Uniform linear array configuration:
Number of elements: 4
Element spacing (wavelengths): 0.25
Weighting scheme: hamming
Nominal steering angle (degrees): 60
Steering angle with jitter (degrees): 61.755
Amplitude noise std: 0.05
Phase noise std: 0.05

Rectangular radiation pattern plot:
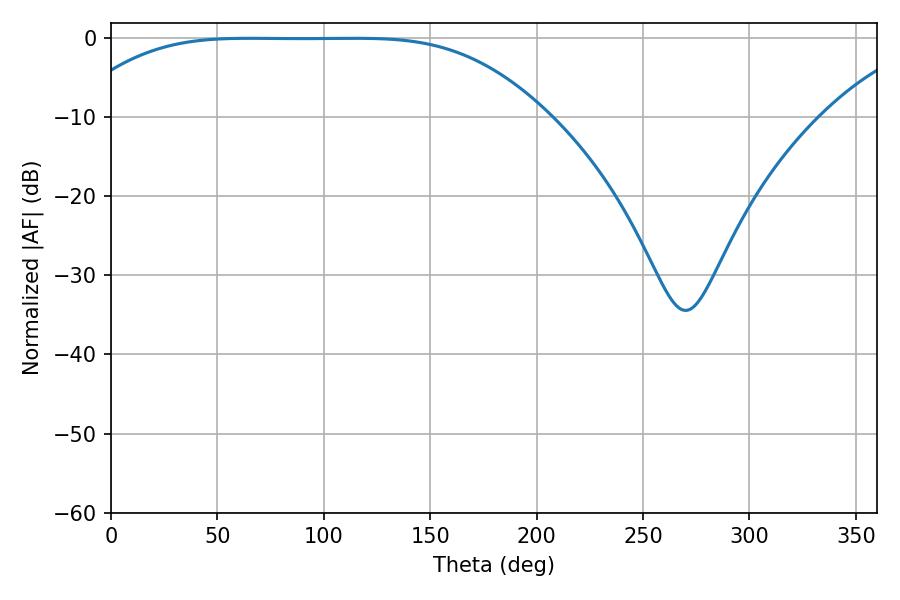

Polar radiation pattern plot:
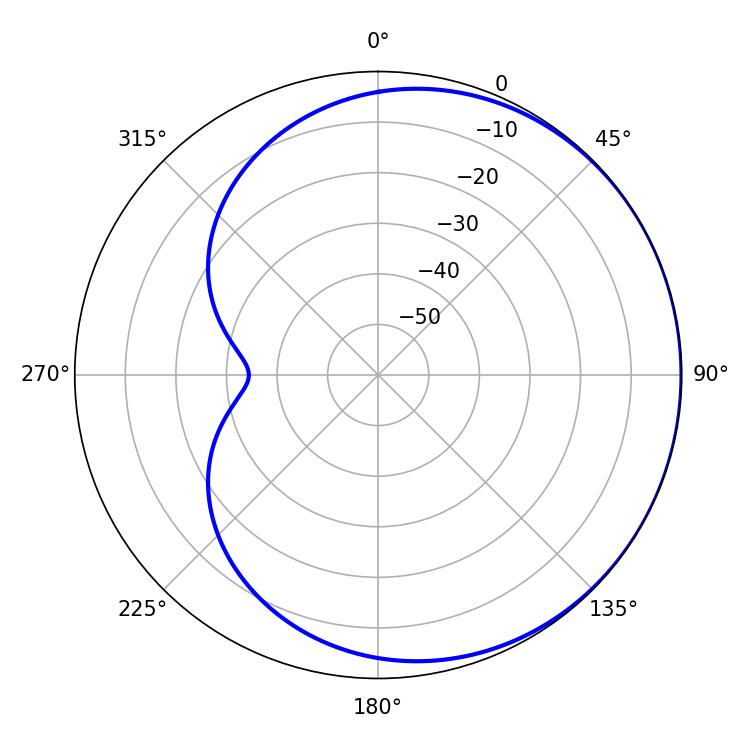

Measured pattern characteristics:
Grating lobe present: FALSE
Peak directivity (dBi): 0.4381
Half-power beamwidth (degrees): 166.32
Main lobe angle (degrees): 65.16